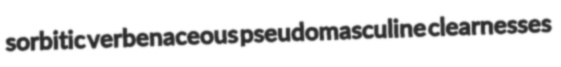
sorbitic verbenaceous pseudomasculine clearnesses